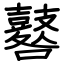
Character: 鼛